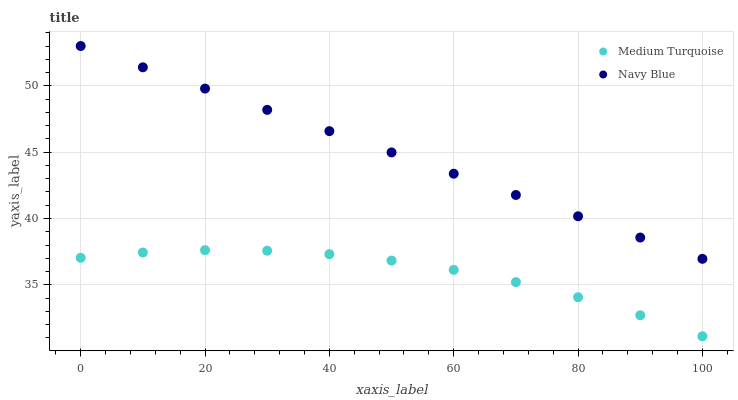
| xaxis_label | Medium Turquoise | Navy Blue |
 | --- | --- | --- |
 | 0 | 37 | 53 |
 | 10 | 37.4 | 51.4 |
 | 20 | 37.6 | 49.8 |
 | 30 | 37.6 | 48.2 |
 | 40 | 37.3 | 46.6 |
 | 50 | 36.8 | 45 |
 | 60 | 36.1 | 43.4 |
 | 70 | 35.2 | 41.8 |
 | 80 | 34.1 | 40.2 |
 | 90 | 32.7 | 38.6 |
 | 100 | 31.1 | 37 |